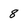
Character: 8